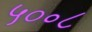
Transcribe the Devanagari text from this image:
५०॰८